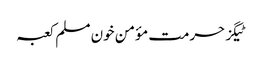
ٹیگزحرمت مؤمن خون مسلم کعبہ